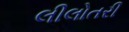
લીલોતરી